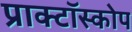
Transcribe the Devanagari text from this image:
प्राक्टॉस्कोप